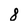
Character: 8